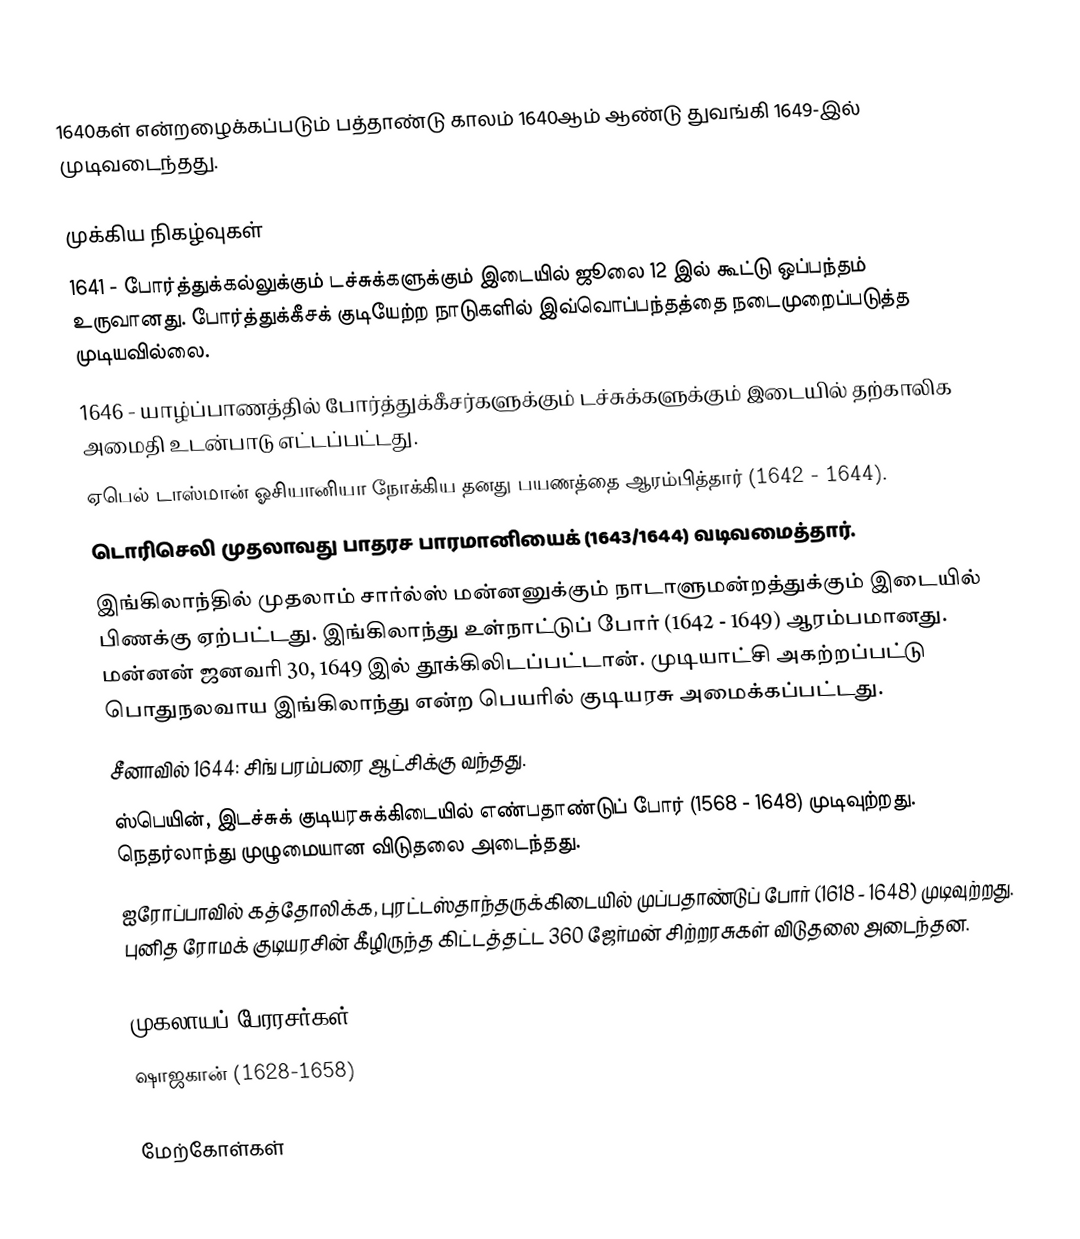
1640கள் என்றழைக்கப்படும் பத்தாண்டு காலம் 1640ஆம் ஆண்டு துவங்கி 1649-இல் முடிவடைந்தது.

முக்கிய நிகழ்வுகள்
 1641 - போர்த்துக்கல்லுக்கும் டச்சுக்களுக்கும் இடையில் ஜூலை 12 இல் கூட்டு ஒப்பந்தம் உருவானது. போர்த்துக்கீசக் குடியேற்ற நாடுகளில் இவ்வொப்பந்தத்தை நடைமுறைப்படுத்த முடியவில்லை.
 1646 - யாழ்ப்பாணத்தில் போர்த்துக்கீசர்களுக்கும் டச்சுக்களுக்கும் இடையில் தற்காலிக அமைதி உடன்பாடு எட்டப்பட்டது.
 ஏபெல் டாஸ்மான் ஓசியானியா நோக்கிய தனது பயணத்தை ஆரம்பித்தார் (1642 - 1644).
 டொரிசெலி முதலாவது பாதரச பாரமானியைக் (1643/1644) வடிவமைத்தார்.
 இங்கிலாந்தில் முதலாம் சார்ல்ஸ் மன்னனுக்கும் நாடாளுமன்றத்துக்கும் இடையில் பிணக்கு ஏற்பட்டது. இங்கிலாந்து உள்நாட்டுப் போர் (1642 - 1649) ஆரம்பமானது. மன்னன் ஜனவரி 30, 1649 இல் தூக்கிலிடப்பட்டான். முடியாட்சி அகற்றப்பட்டு பொதுநலவாய இங்கிலாந்து என்ற பெயரில் குடியரசு அமைக்கப்பட்டது.
 சீனாவில் 1644: சிங் பரம்பரை ஆட்சிக்கு வந்தது.
 ஸ்பெயின், இடச்சுக் குடியரசுக்கிடையில் எண்பதாண்டுப் போர் (1568 - 1648) முடிவுற்றது. நெதர்லாந்து முழுமையான விடுதலை அடைந்தது.
 ஐரோப்பாவில் கத்தோலிக்க, புரட்டஸ்தாந்தருக்கிடையில் முப்பதாண்டுப் போர் (1618 - 1648) முடிவுற்றது. புனித ரோமக் குடியரசின் கீழிருந்த கிட்டத்தட்ட 360 ஜேர்மன் சிற்றரசுகள் விடுதலை அடைந்தன.

முகலாயப் பேரரசர்கள்
 ஷாஜகான் (1628-1658)

மேற்கோள்கள்